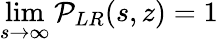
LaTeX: \operatorname*{lim}_{s\to\infty}{\cal P}_{LR}(s,z)=1